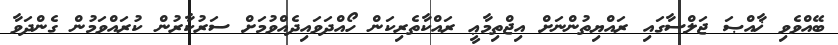
ބޭއްވެވި ޚާއްޞަ ޖަލްސާގައި ރައްޔިތުންނަށް އިޖްތިމާޢީ ރައްކާތެރިކަން ހޯއްދަވައިދެއްވުމަށް ސަރުކާރުން ކުރައްވަމުން ގެންދަވާ